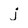
Character: j